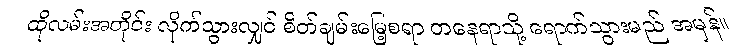
ထိုလမ်းအတိုင်း လိုက်သွားလျှင် စိတ်ချမ်းမြေ့စရာ တနေရာသို့ ရောက်သွားမည် အမှန်။